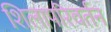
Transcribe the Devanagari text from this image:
शिलापरिवर्तन